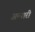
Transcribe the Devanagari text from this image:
अन्यारी